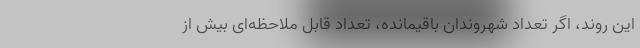
این روند، اگر تعداد شهروندان باقیمانده، تعداد قابل ملاحظه‌ای بیش از